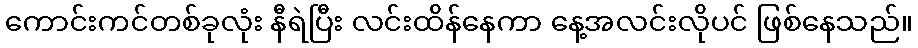
ကောင်းကင်တစ်ခုလုံး နီရဲပြီး လင်းထိန်နေကာ နေ့အလင်းလိုပင် ဖြစ်နေသည်။